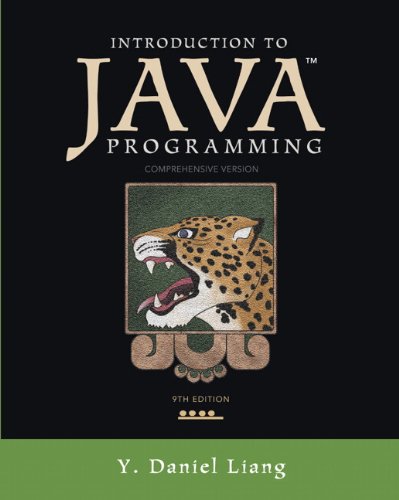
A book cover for Introduction to Java Programming, Comprehensive Version (9th Edition); Y. Daniel Liang; Computers & Technology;